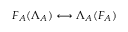
F _ { A } ( \Lambda _ { A } ) \longleftrightarrow \Lambda _ { A } ( F _ { A } )